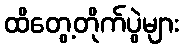
ထိတွေ့တိုက်ပွဲများ